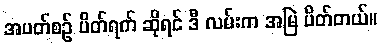
အပတ်စဉ် ပိတ်ရက် ဆိုရင် ဒီ လမ်းက အမြဲ ပိတ်တယ်။